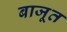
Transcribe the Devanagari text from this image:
बाजूत